Vaccine operations Central Provinces & Berar 1922-1929 - 1922-1929
Year: 1922
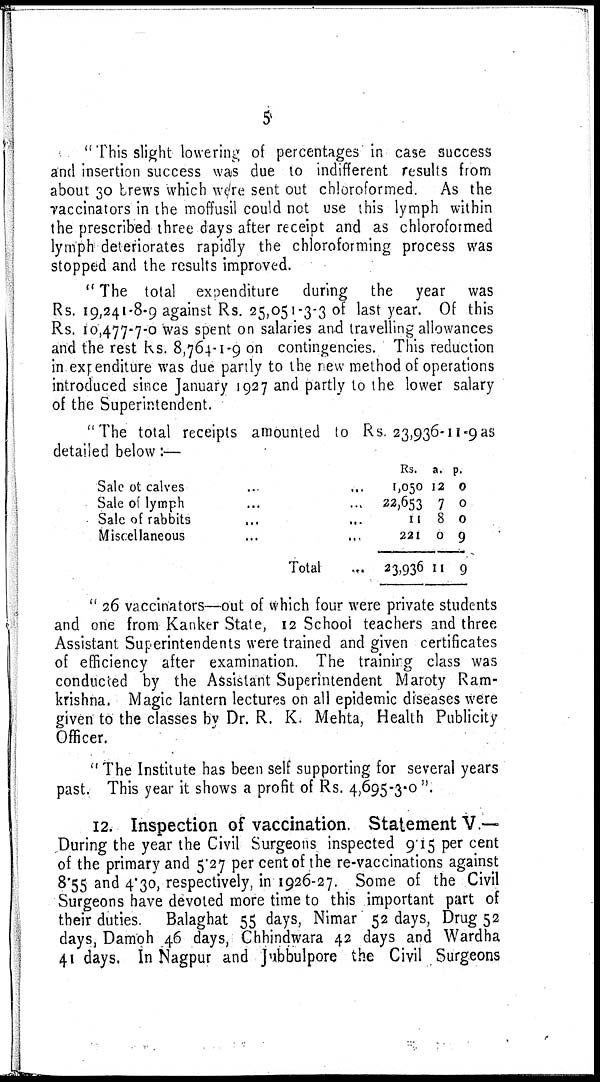
5
" This slight lowering of percentages in case success
and insertion success was due to indifferent results from
about 30 brews which were sent out chloroformed. As the
vaccinators in the moffusil could not use this lymph within
the prescribed three days after receipt and as chloroformed
lymph deteriorates rapidly the chloroforming process was
stopped and the results improved.
" The total expenditure during the year was
Rs. 19,241-8-9 against Rs. 25,051-3-3 of last year. Of this
Rs. 10,477-7-0 was spent on salaries and travelling allowances
and the rest Rs. 8,764-1-9 on contingencies. This reduction
in expenditure was due partly to the new method of operations
introduced since January 1927 and partly to the lower salary
of the Superintendent.
"The total receipts amounted to Rs. 23,936-11-9 as
detailed below:—
Sale of calves ... ...
Sale of lymph ... ...
Sale of rabbits ... ...
Miscellaneous ... ...
Total ...
Rs.
1,050
22,653
11
221
23,936
a.
12
7
8
0
11
p.
0
0
0
9
9
" 26 vaccinators—out of which four were private students
and one from Kanker State, 12 School teachers and three
Assistant Superintendents were trained and given certificates
of efficiency after examination. The trainirg class was
conducted by the Assistant Superintendent Maroty Ram¬
krishna. Magic lantern lectures on all epidemic diseases were
given to the classes by Dr. R. K. Mehta, Health Publicity
Officer.
" The Institute has been self supporting for several years
past. This year it shows a profit of Rs. 4,695-3-0 ".
12. Inspection of vaccination. Statement V.—
During the year the Civil Surgeons inspected 9.15 per cent
of the primary and 5.27 per cent of the re-vaccinations against
8.55 and 4.30, respectively, in 1926-27. Some of the Civil
Surgeons have devoted more time to this important part of
their duties
Balaghat 55 days, Nimar 52 days, Drug 52
days, Damoh 46 days, Chhindwara 42 days and Wardha
41 days. In Nagpur and Jubbulpore the Civil Surgeons